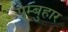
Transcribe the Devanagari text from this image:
पूम्बुहार